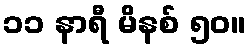
၁၁ နာရီ မိနစ် ၅၀။